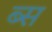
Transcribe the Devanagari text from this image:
ब्स